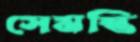
সেমন্তি